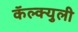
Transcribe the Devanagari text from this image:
कॅल्क्युली